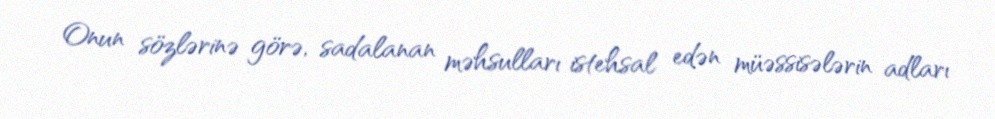
Onun sözlərinə görə, sadalanan məhsulları istehsal edən müəssisələrin adları